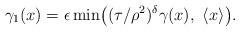
LaTeX: \begin{align*}\gamma_1 (x)=\epsilon \min\bigl( (\tau/\rho^2)^\delta \gamma(x),\ \langle x\rangle\bigr).\end{align*}